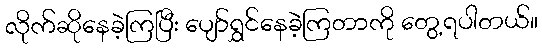
လိုက်ဆိုနေခဲ့ကြပြီး ပျော်ရွှင်နေခဲ့ကြတာကို တွေ့ရပါတယ်။